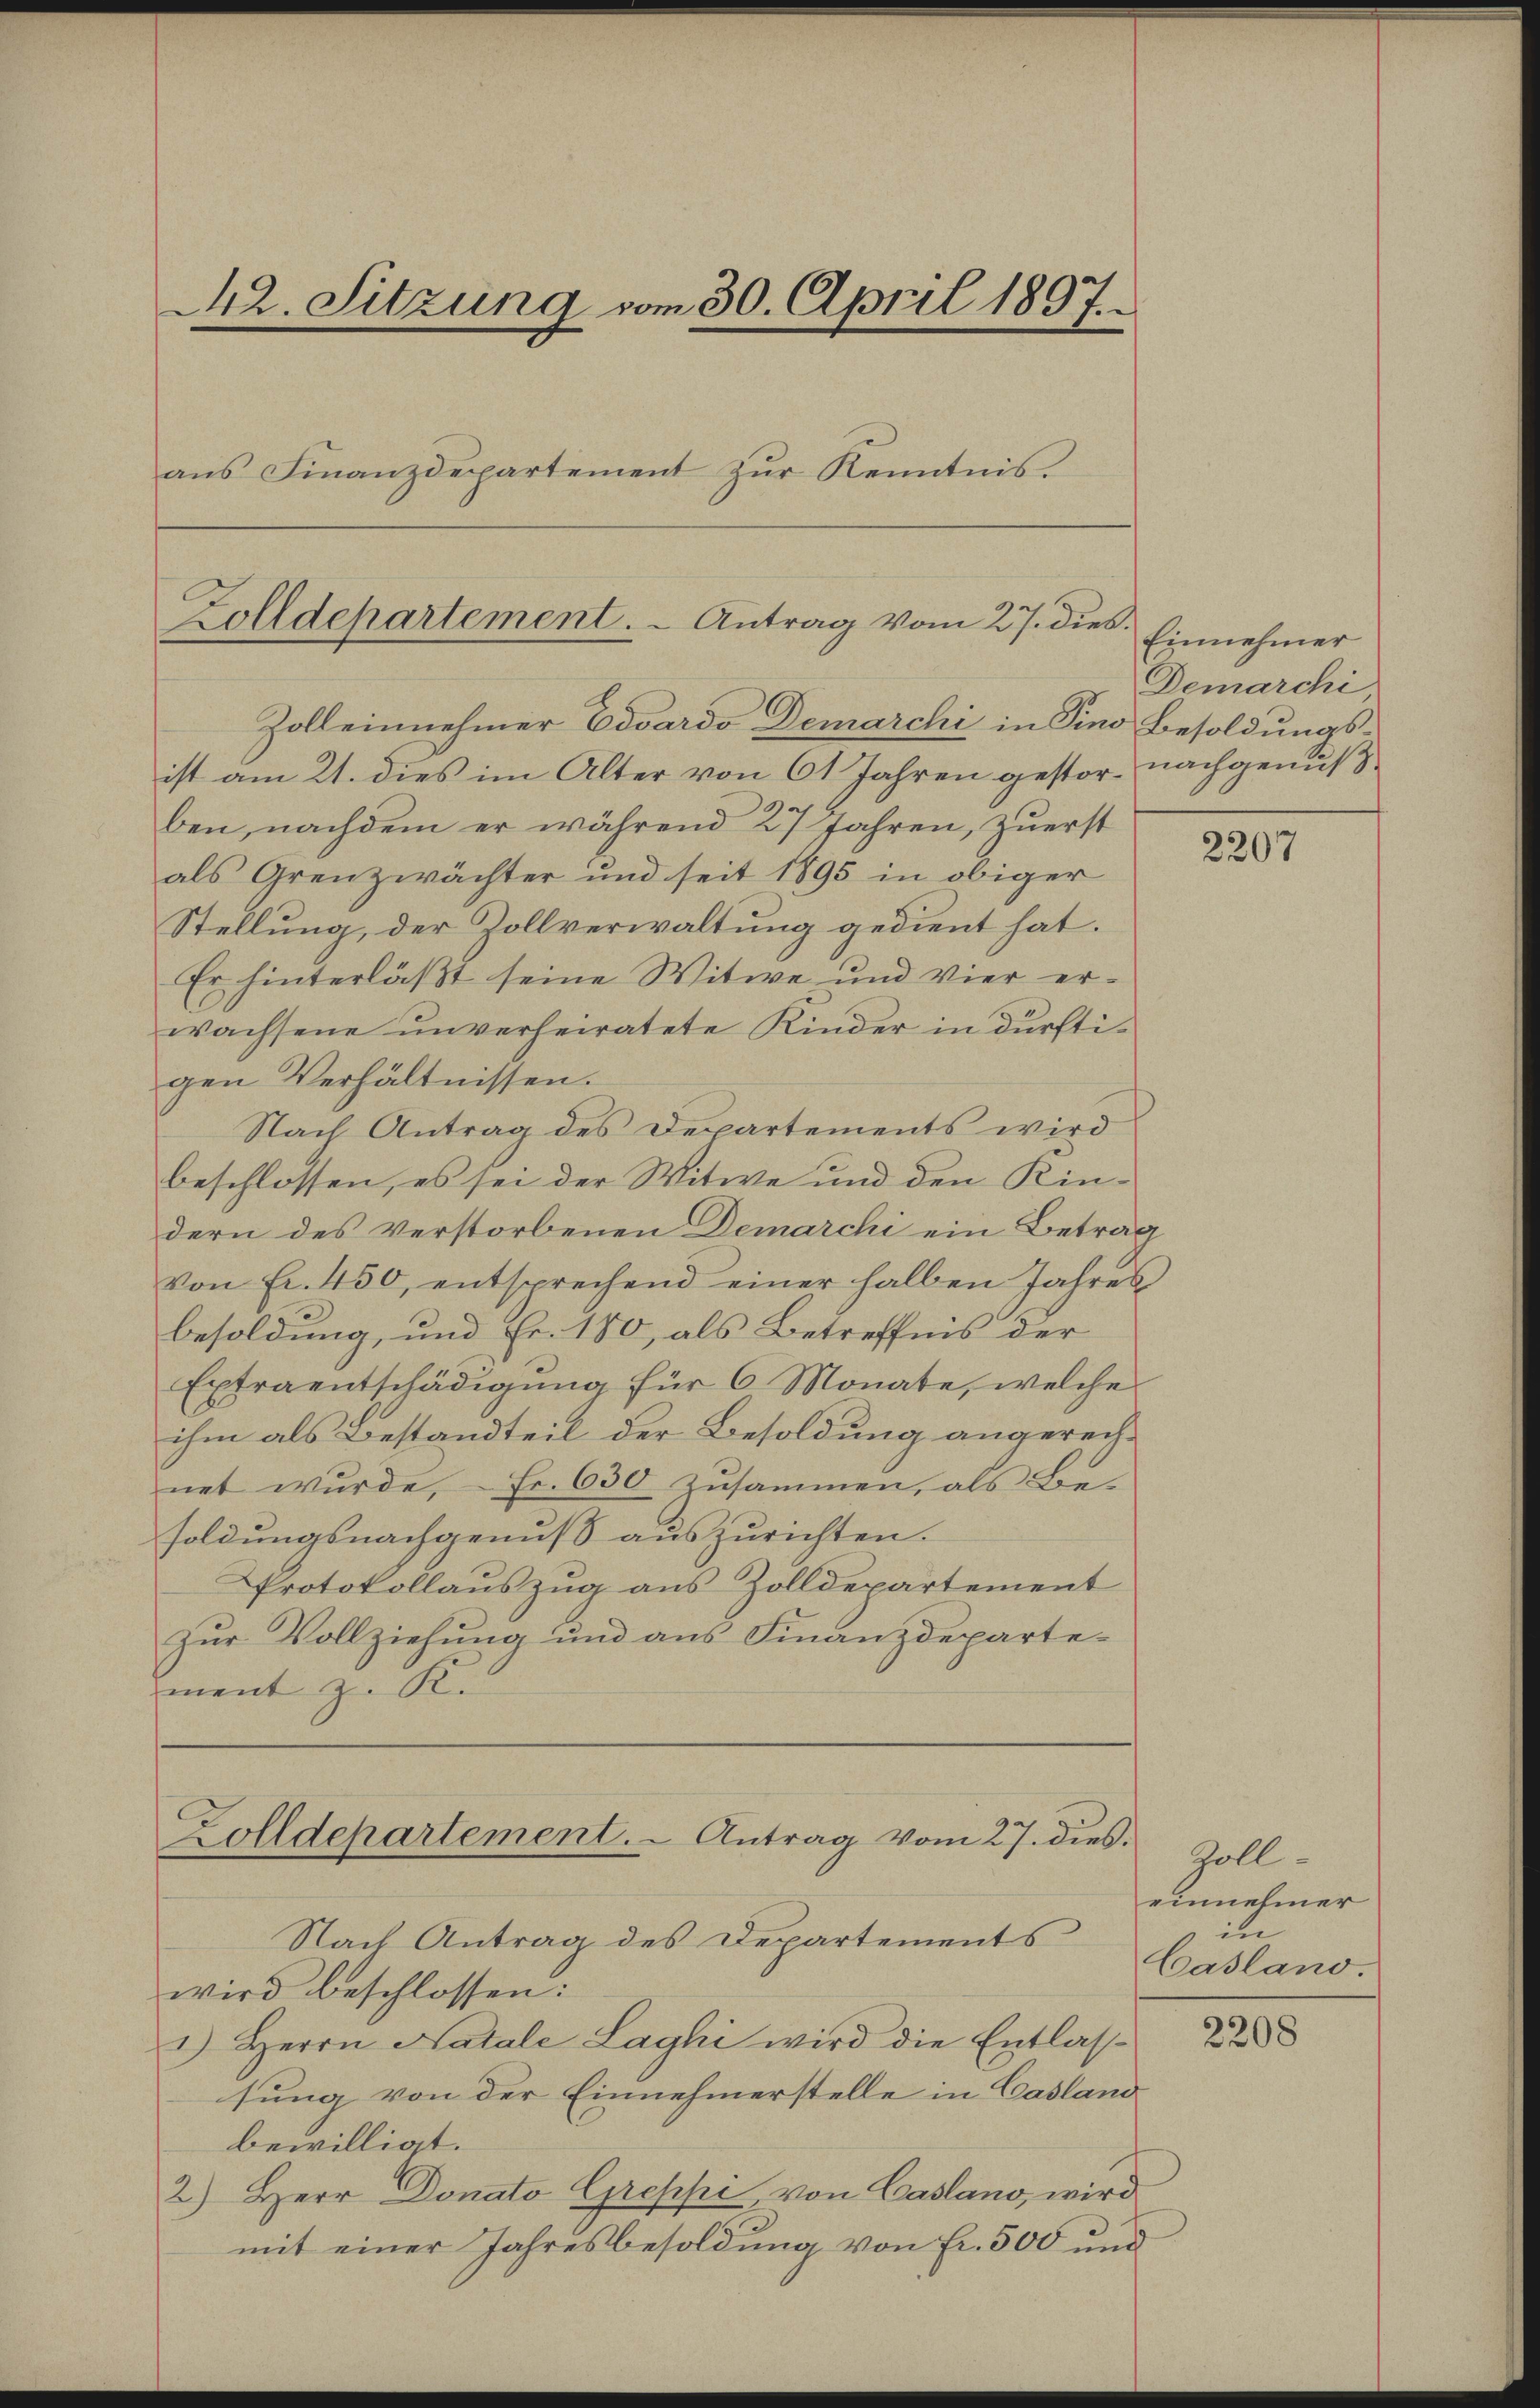
42. Sitzung vom 30. April 1897.
ans Finanzdepartement zŭr Kenntnis.
Zolldepartement.  .   Antrag vom 27. dies

Zolldepartement. Antrag vom 27. dies.

Zoll einnehmer Eovardo Demarchi in Sino Besoldungsist am 21. dies im Alter von 61 Jahren gestor- nachgenußben, nachdem er während 27 Jahren, zuerst
als Grenzwächter und seit 1895 in obiger
Stellung, der Zollverwaltung gedient hat.
Er hinterläßt seine Witwe und vier erwachsene unverheiratete Kinder in dürftigen Verhältnissen.
Nach Antrag des Departements wird
beschlossen, es sei der Witwe und den Kindern des verstorbenen Demarchi ein Betrag
von Fr. 450, entsprechend einer halben Jahres
besoldung, und Fr. 180, als Betreffnis der
Extraentschädigung für 6 Monate, welche
ihm als Bestandteil der Besoldung angerechnet wurde, Fr. 630 zusammen, als Be-
soldungsnachgenuß auszurichten.
Protokollauszug aus Zolldepartement
Zŭr Vollziehŭng und ans Finanzdeparte-
ment z. K.

Nach Antrag des Departements
wird beschlossen:
1.) Herrn Katale Laghi wird die Entlassung von der Einnehmerstelle in Casland
bewilligt.
2.) Herr Donato Greppi, von Caslano, wird
mit einer Jahresbesoldung von Fr. 500 und

Einnehmer
Demarchi,

2207

Zoll-
einnehmer
in
Casland.

2208